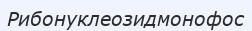
Рибонуклеозидмонофос